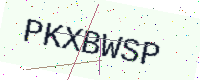
Text: PKXBWSP